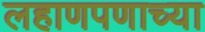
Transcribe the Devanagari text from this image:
लहाणपणाच्या